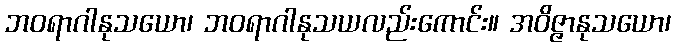
ဘဝရာဂါနုသယော၊ ဘဝရာဂါနုသယလည်းကောင်း။ အဝိဇ္ဇာနုသယော၊